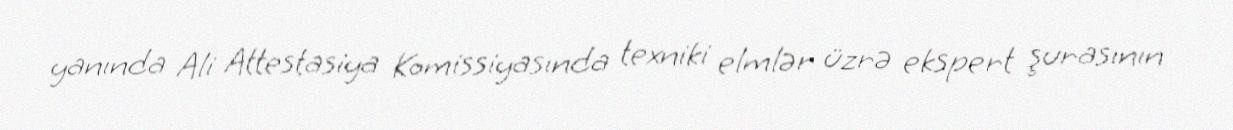
yanında Ali Attestasiya Komissiyasında texniki elmlər üzrə ekspert şurasının